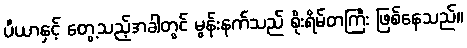
ပီယာနှင့် တွေ့သည့်အခါတွင် မွန်းနက်သည် စိုးရိမ်တကြီး ဖြစ်နေသည်။